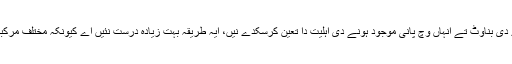
سیاروی سائنس دان کثافت دا حساب لگیا کر سیارے دی بناوٹ تے انہاں وچ پانی موجود ہونے دی اہلیت دا تعین کرسکدے نيں، ایہ طریقہ بہت زیادہ درست نئيں اے کیونکہ مختلف مرکبات تے حالتاں اسی قسم دی کثافت پیدا کرسکدی نيں۔